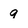
Character: 9